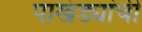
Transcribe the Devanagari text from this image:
पाखंड्यांची